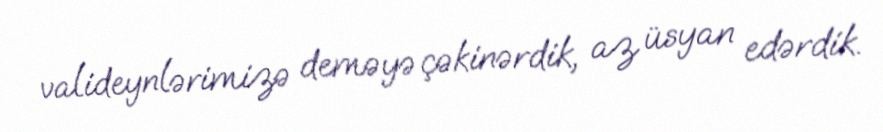
valideynlərimizə deməyə çəkinərdik, az üsyan edərdik.